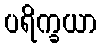
ပရိက္ခယာ